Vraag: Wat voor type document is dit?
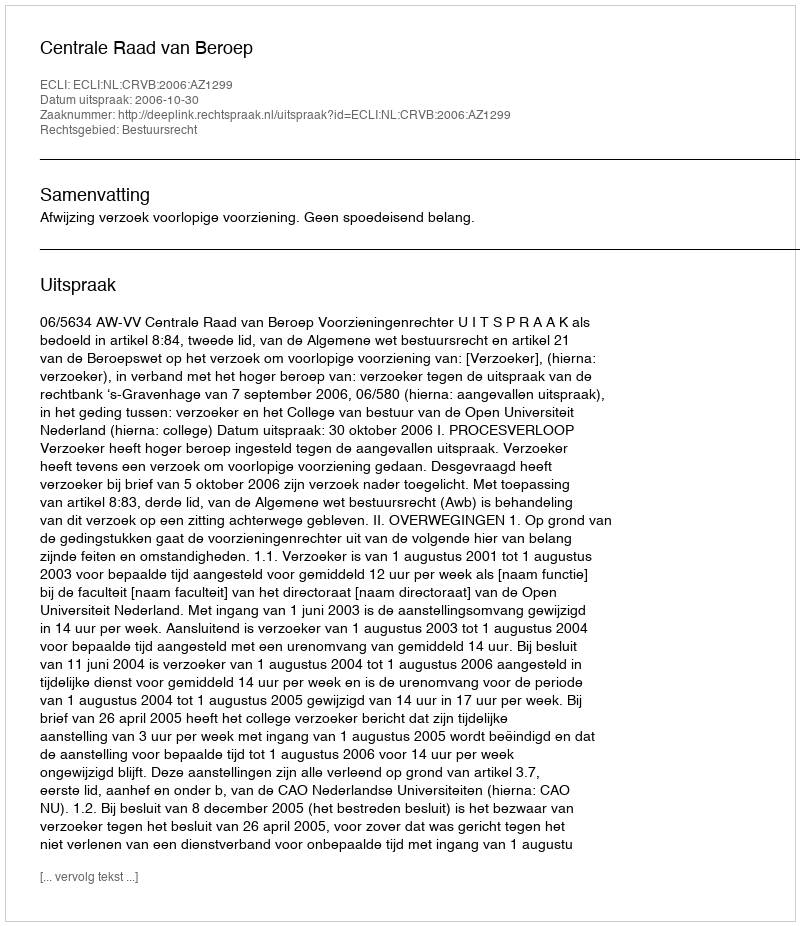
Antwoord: Uitspraak